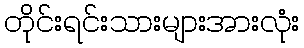
တိုင်းရင်းသားများအားလုံး